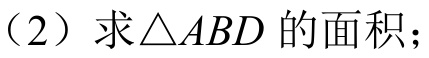
（2）求\(\triangle ABD\)的面积；